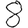
Digit: 8